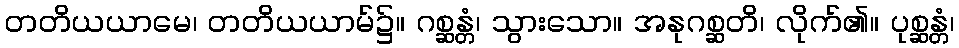
တတိယယာမေ၊ တတိယယာမ်၌။ ဂစ္ဆန္တံ၊ သွားသော။ အနုဂစ္ဆတိ၊ လိုက်၏။ ပုစ္ဆန္တံ၊